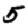
Digit: 5